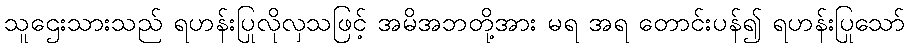
သူဌေးသားသည် ရဟန်းပြုလိုလှသဖြင့် အမိအဘတို့အား မရ အရ တောင်းပန်၍ ရဟန်းပြုသော်